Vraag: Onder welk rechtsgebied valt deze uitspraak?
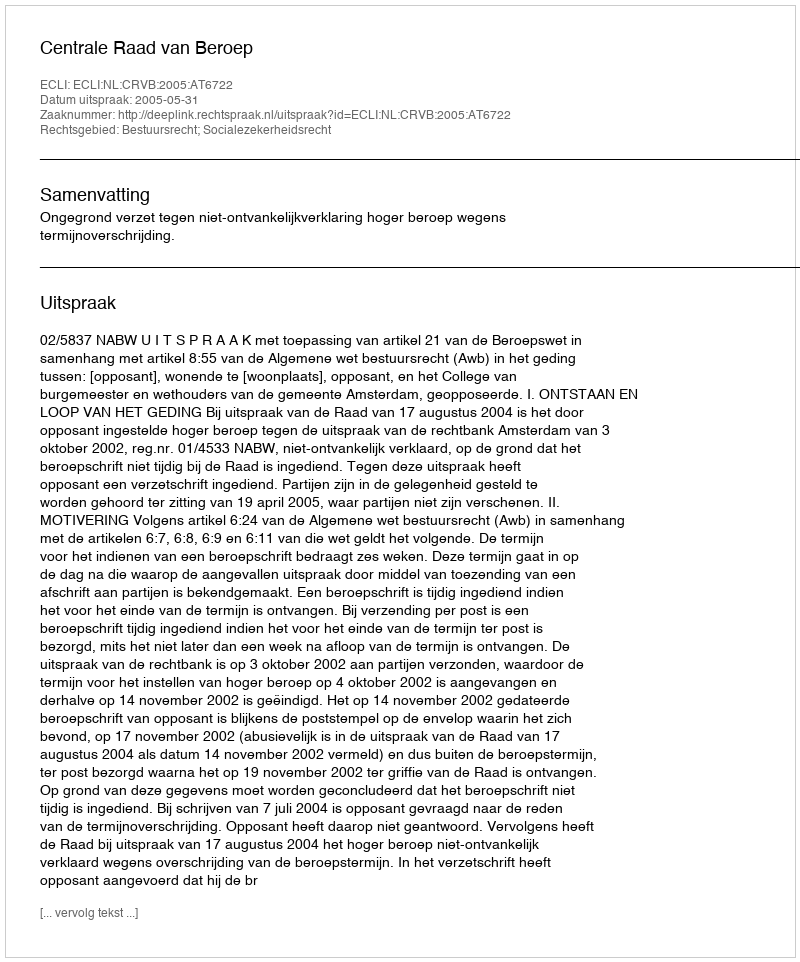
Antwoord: Bestuursrecht; Socialezekerheidsrecht